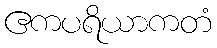
ဧကပရိယာကတံ